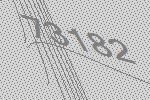
73182